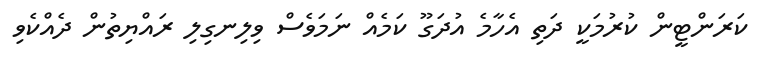
ކަރަންޓީން ކުރުމަކީ ދަތި އެހާމެ އުދަގޫ ކަމެއް ނަމަވެސް ވިލިނގިލި ރައްޔިތުން ދެއްކެވި